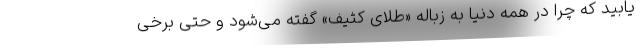
‌یابید که چرا در همه دنیا به زباله «طلای کثیف» گفته می‌شود و حتی برخی